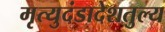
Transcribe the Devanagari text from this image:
मृत्युदंडादेशतुल्य